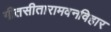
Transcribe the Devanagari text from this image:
गीतसीतारामवनविहार